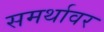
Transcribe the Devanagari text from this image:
समर्थावर